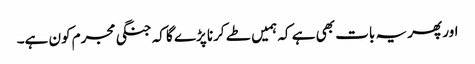
اور پھر یہ بات بھی ہے کہ ہمیں طے کرنا پڑے گا کہ جنگی مجرم کون ہے۔